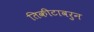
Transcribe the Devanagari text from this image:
तिकीटावरुन